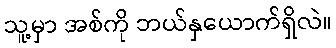
သူ့မှာ အစ်ကို ဘယ်နှယောက်ရှိလဲ။